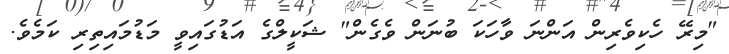
"މިރޭ ހެކިވެރިން އަންނަ ވާހަކަ ބުނަން ވެގެން" ޝަކީލްގެ އަޑުގައިވީ މަޑުމައިތިރި ކަމެވެ.